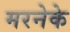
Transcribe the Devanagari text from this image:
मरनेके